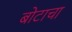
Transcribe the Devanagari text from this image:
बोटाचा